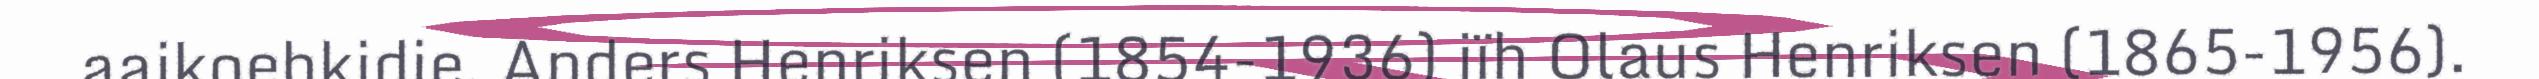
aajkoehkidie, Anders Henriksen (1854-1936) jïh Olaus Henriksen (1865-1956).